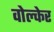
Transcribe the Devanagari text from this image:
वोल्केर